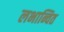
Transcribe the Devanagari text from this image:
लभान्वित